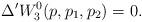
LaTeX: \begin{align*}\Delta'W^0_3(p,p_1,p_2)=0.\end{align*}